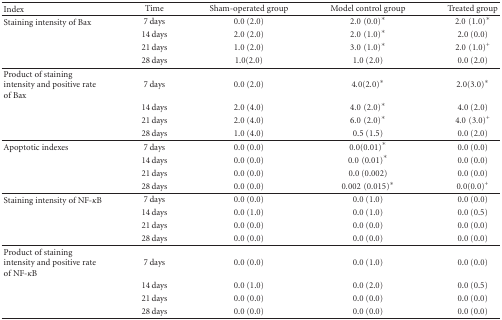
<table><thead><tr><td><b>Index</b></td><td><b>Time</b></td><td><b>Sham-operated group</b></td><td><b>Model control group</b></td><td><b>Treated group</b></td></tr></thead><tbody><tr><td>Staining intensity of Bax</td><td>7 days</td><td>0.0 (2.0)</td><td>2.0 (0.0)*</td><td>2.0 (1.0)*</td></tr><tr><td></td><td>14 days</td><td>2.0 (2.0)</td><td>2.0 (1.0)*</td><td>2.0 (0.0)</td></tr><tr><td></td><td>21 days</td><td>1.0 (2.0)</td><td>3.0 (1.0)*</td><td>2.0 (1.0)<sup>+</sup></td></tr><tr><td></td><td>28 days</td><td>1.0 (2.0)</td><td>1.0 (2.0)</td><td>0.0 (2.0) </td></tr><tr><td>Product of staining intensity and positive rate of Bax</td><td>7 days</td><td>0.0 (2.0)</td><td>4.0 (2.0)*</td><td>2.0 (3.0)*</td></tr><tr><td></td><td>14 days</td><td>2.0 (4.0)</td><td>4.0 (2.0)*</td><td>4.0 (2.0)</td></tr><tr><td></td><td>21 days</td><td>2.0 (4.0)</td><td>6.0 (2.0)*</td><td>4.0 (3.0)<sup>+</sup></td></tr><tr><td></td><td>28 days</td><td>1.0 (4.0)</td><td>0.5 (1.5)</td><td>0.0 (2.0) </td></tr><tr><td>Apoptotic indexes</td><td>7 days</td><td>0.0 (0.0)</td><td>0.0 (0.01)*</td><td>0.0 (0.0)</td></tr><tr><td></td><td>14 days</td><td>0.0 (0.0)</td><td>0.0 (0.01)*</td><td>0.0 (0.0)</td></tr><tr><td></td><td>21 days</td><td>0.0 (0.0)</td><td>0.0 (0.002)</td><td>0.0 (0.0)</td></tr><tr><td></td><td>28 days</td><td>0.0 (0.0)</td><td>0.002 (0.015)*</td><td>0.0 (0.0)<sup>+</sup></td></tr><tr><td>Staining intensity of NF-<i>κ</i>B</td><td>7 days</td><td>0.0 (0.0)</td><td>0.0 (1.0)</td><td>0.0 (0.0)</td></tr><tr><td></td><td>14 days</td><td>0.0 (1.0)</td><td>0.0 (1.0)</td><td>0.0 (0.5)</td></tr><tr><td></td><td>21 days</td><td>0.0 (0.0)</td><td>0.0 (0.0)</td><td>0.0 (0.0)</td></tr><tr><td></td><td>28 days</td><td>0.0 (0.0)</td><td>0.0 (0.0)</td><td>0.0 (0.0) </td></tr><tr><td>Product of staining intensity and positive rate of NF-<i>κ</i>B</td><td>7 days</td><td>0.0 (0.0)</td><td>0.0 (1.0)</td><td>0.0 (0.0)</td></tr><tr><td></td><td>14 days</td><td>0.0 (1.0)</td><td>0.0 (2.0)</td><td>0.0 (0.5)</td></tr><tr><td></td><td>21 days</td><td>0.0 (0.0)</td><td>0.0 (0.0)</td><td>0.0 (0.0)</td></tr><tr><td></td><td>28 days</td><td>0.0 (0.0)</td><td>0.0 (0.0)</td><td>0.0 (0.0)</td></tr></tbody></table>